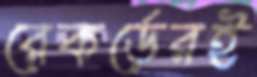
রেকর্ডেরই